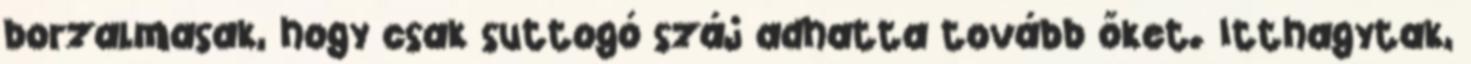
borzalmasak, hogy csak suttogó száj adhatta tovább őket. Itthagytak,